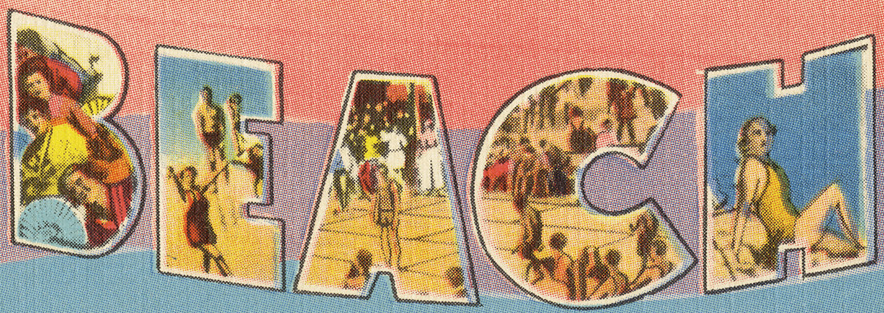
BEACH